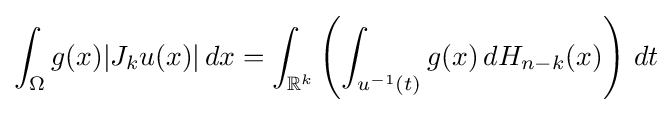
\int _{\Omega }g(x)|J_{k}u(x)|\,dx=\int _{\mathbb {R} ^{k}}\left(\int _{u^{-1}(t)}g(x)\,dH_{n-k}(x)\right)\,dt